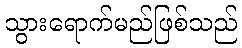
သွားရောက်မည်ဖြစ်သည်